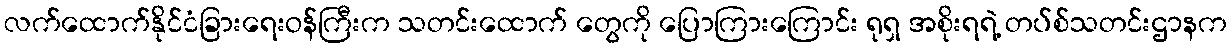
လက်ထောက်နိုင်ငံခြားရေးဝန်ကြီးက သတင်းထောက် တွေကို ပြောကြားကြောင်း ရုရှ အစိုးရရဲ့ တပ်စ်သတင်းဌာနက